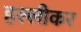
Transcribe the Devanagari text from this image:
हल्लीकर